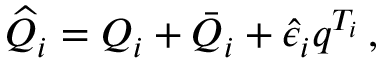
\widehat { Q } _ { i } = Q _ { i } + \bar { Q } _ { i } + \hat { \epsilon } _ { i } q ^ { T _ { i } } \, ,